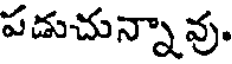
పడుచున్నావు.